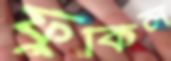
ফুঁকিল